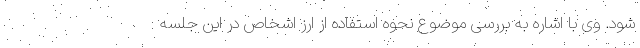
شود. وی با اشاره به بررسی موضوع نحوه استفاده از ارز اشخاص در این جلسه